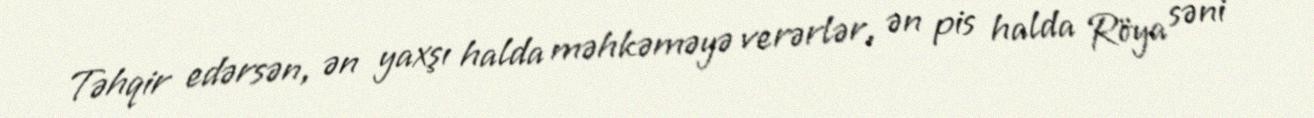
Təhqir edərsən, ən yaxşı halda məhkəməyə verərlər, ən pis halda Röya səni